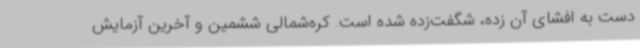
دست به افشای آن زده، شگفت‌زده شده است. کره‌شمالی ششمین و آخرین آزمایش